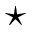
\star